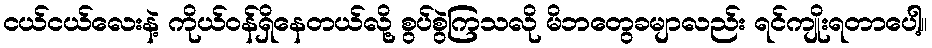
ငယ်ငယ်လေးနဲ့ ကိုယ်ဝန်ရှိနေတယ်လို့ စွပ်စွဲကြသလို မိဘတွေခမျာလည်း ရင်ကျိုးရတာပေါ့။